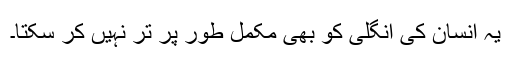
یہ انسان کی انگلی کو بھی مکمل طور پر تر نہیں کر سکتا۔